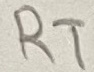
Text: RT